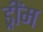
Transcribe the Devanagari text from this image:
ड्रींम